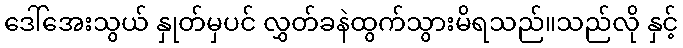
ဒေါ်အေးသွယ် နှုတ်မှပင် လွှတ်ခနဲထွက်သွားမိရသည်။သည်လို နှင့်